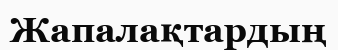
Жапалақтардың